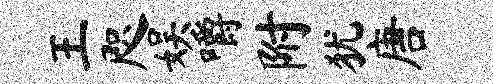
王咫娱嚼附犹唐